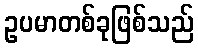
ဥပမာတစ်ခုဖြစ်သည်